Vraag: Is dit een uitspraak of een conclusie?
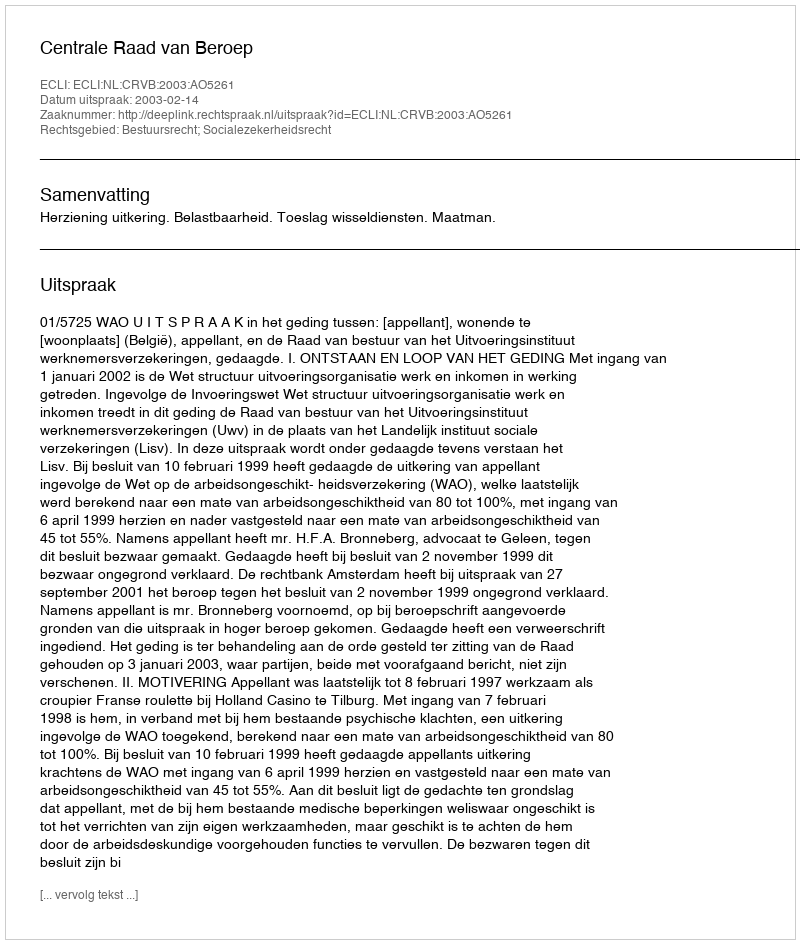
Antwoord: Uitspraak